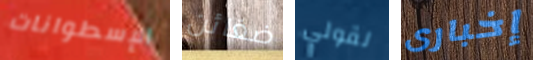
الإسطوانات ضغائن لقولي إخبارى